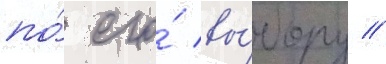
по́ его́ вы́бору //